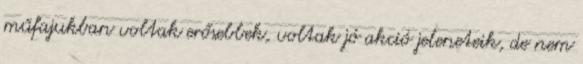
műfajukban voltak erősebbek, voltak jó akció jeleneteik, de nem